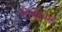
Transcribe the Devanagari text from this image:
सोडोम्स